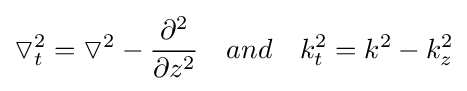
\triangledown _{t}^{2}=\triangledown ^{2}-{\frac {\partial ^{2}}{\partial z^{2}}}\ \ \ and\ \ \ k_{t}^{2}=k^{2}-k_{z}^{2}